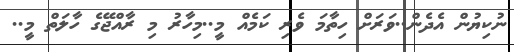
ނުކިޔުން އެދެން..ވަރަށް ހިތާމަ ވެރި ކަމެއް މީ..މިހާރު މި ރާއްޖޭގެ ހާލަތް މީ..